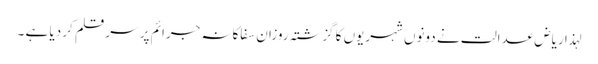
لہذا ریاض عدالت نے دونوں شہریوں کا گزشتہ روزان سفاکانہ جرائم پر سر قلم کر دیا ہے ۔